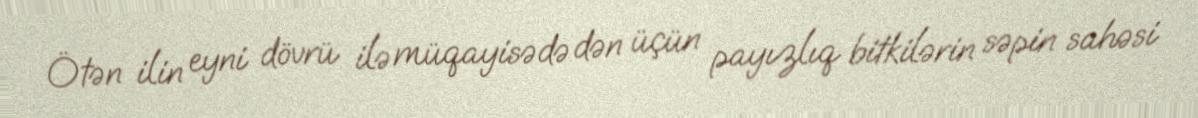
Ötən ilin eyni dövrü ilə müqayisədə dən üçün payızlıq bitkilərin səpin sahəsi